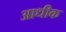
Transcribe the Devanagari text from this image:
आधीक